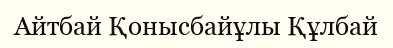
Айтбай Қонысбайұлы Құлбай